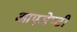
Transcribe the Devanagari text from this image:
आएजेप्टी